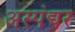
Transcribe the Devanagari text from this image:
अस्पंद्यर